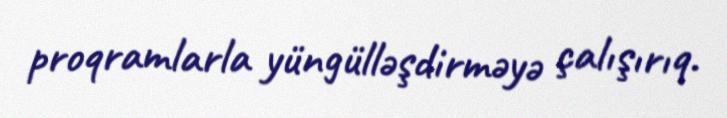
proqramlarla yüngülləşdirməyə çalışırıq.